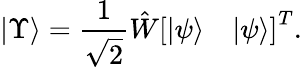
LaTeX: |\Upsilon\rangle=\frac{1}{\sqrt{2}}{\hat{W}}\left[\begin{array}{ll}{|\psi\rangle}&{|\psi\rangle}\end{array}\right]^{T}.